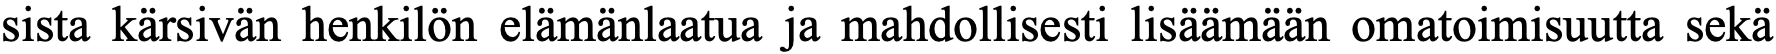
sista kärsivän henkilön elämänlaatua ja mahdollisesti lisäämään omatoimisuutta sekä